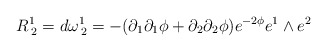
\begin{align*}R^{1}_{\: 2} = d\omega^{1}_{\: 2} = - (\partial_1 \partial_1 \phi + \partial_2 \partial_2 \phi) e^{-2\phi} e^1 \wedge e^2\end{align*}